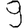
Digit: 9